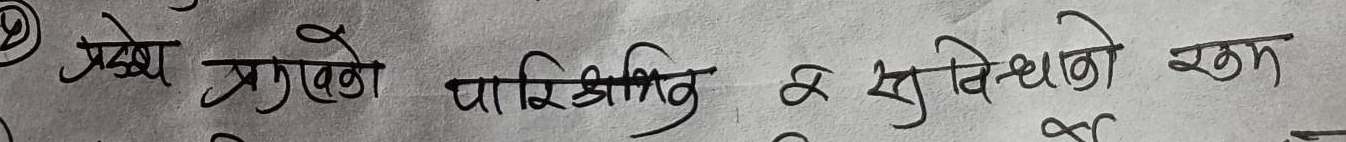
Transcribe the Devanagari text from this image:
प्रदेश प्रमुखको पारिश्रमिक र सुविधाको रकम